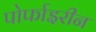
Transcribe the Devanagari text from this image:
पोर्फाइरीन